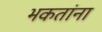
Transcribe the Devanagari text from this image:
भकतांना